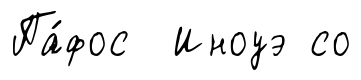
Па́фос Иноуэ со